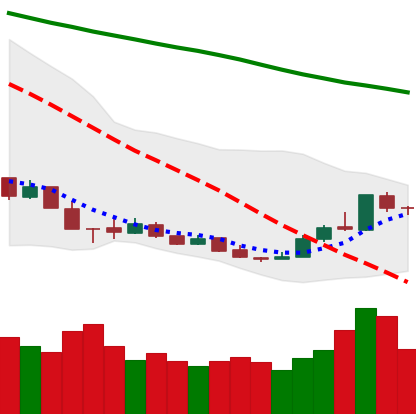
Ticker: XMR-USD
Chart end date: 2018-12-22
Forward return: -14.033%
Label: down_7plus